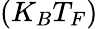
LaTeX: (K_{B}T_{F})